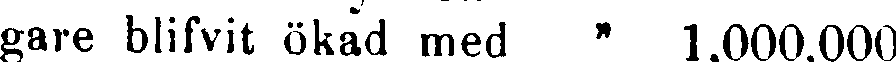
gare blifvit ökad med " 1.000.000